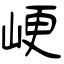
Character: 峺